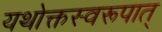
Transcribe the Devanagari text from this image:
यथोक्तस्वरूपात्‌